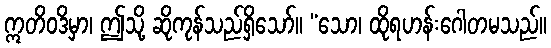
ဣတိဝဒိမှာ၊ ဤသို့ ဆိုကုန်သည်ရှိသော်။ “သော၊ ထိုရဟန်းဂေါတမသည်။